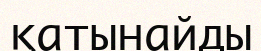
қатынайды